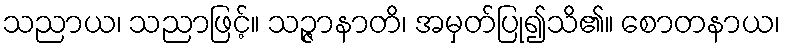
သညာယ၊ သညာဖြင့်။ သဉ္ဇာနာတိ၊ အမှတ်ပြု၍သိ၏။ စောတနာယ၊